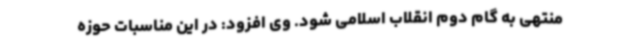
منتهی به گام دوم انقلاب اسلامی شود. وی افزود: در این مناسبات حوزه